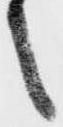
之